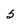
Character: 5